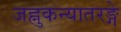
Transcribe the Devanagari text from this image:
जह्नुकन्यातरङ्गे